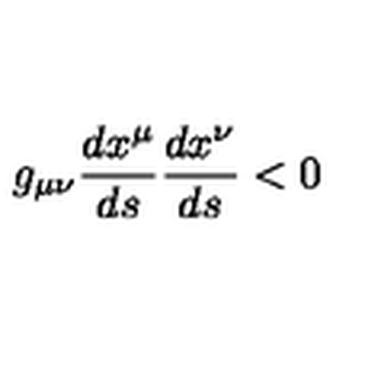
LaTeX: g _ { \mu \nu } { \frac { d x ^ { \mu } } { d s } } { \frac { d x ^ { \nu } } { d s } } < 0